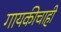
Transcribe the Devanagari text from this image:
गायकीचाही